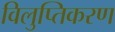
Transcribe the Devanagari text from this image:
विलुप्तिकरण